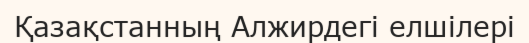
Қазақстанның Алжирдегі елшілері